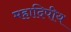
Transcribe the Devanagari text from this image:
महादिपीय